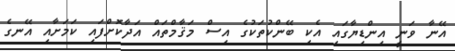
އޭނާ ވަނީ އިންޑިޔާގައި އެކި ބޭންކުތަކުގެ އިސް މަޤާމްތައް އަދާކޮށްފައި ކަމަށާއި އޭނގެ